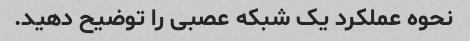
نحوه عملکرد یک شبکه عصبی را توضیح دهید.